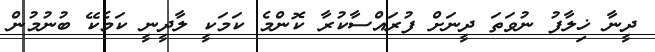
ދީނާ ޚިލާފު ނުވަތަ ދީނަށް ފުރައްސާކުރާ ކޮންމެ ކަމަކީ ލާދީނީ ކަމެކޭ ބުނުމުން